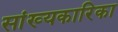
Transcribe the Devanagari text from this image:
सांख्‍यकारिका